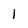
Character: I